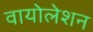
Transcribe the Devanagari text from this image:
वायोलेशन